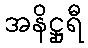
အနိဋ္ဌုရီ